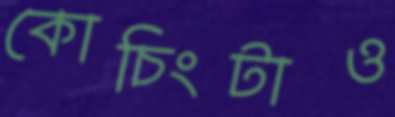
কোচিংটাও